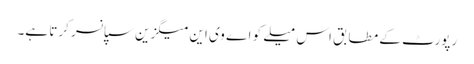
رپورٹ کے مطابق اس میلے کو اے وی این میگزین سپانسر کرتا ہے۔